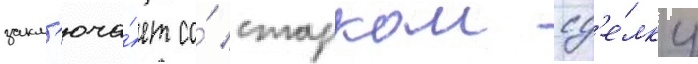
закл'юча́ет со́ старком сд'е́лку